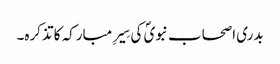
بدری اصحاب نبویؐ کی سِیرِ مبارکہ کا تذکرہ۔